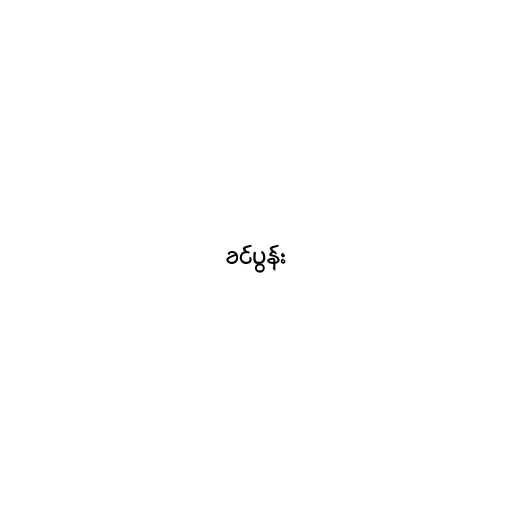
ခင်ပွန်း